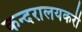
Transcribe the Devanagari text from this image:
कन्दरालयकरी